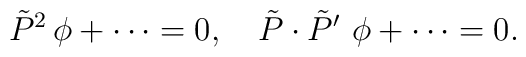
\tilde{P}^2\,\phi +\cdots =0,\quad \tilde{P}\cdot \tilde{P}^{\prime}\,\,\phi +\cdots =0.